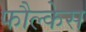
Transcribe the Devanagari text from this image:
फौल्केस